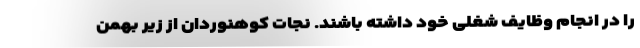
را در انجام وظایف شغلی خود داشته باشند. نجات کوهنوردان از زیر بهمن